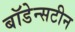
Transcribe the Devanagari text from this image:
बॉडेन्सटीन